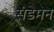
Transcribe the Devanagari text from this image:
संडेमन